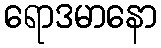
ရောဒမာနော